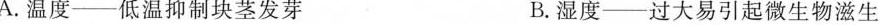
A.温度—低温抑制块茎发芽 B.湿度—过大易引起微生物滋生